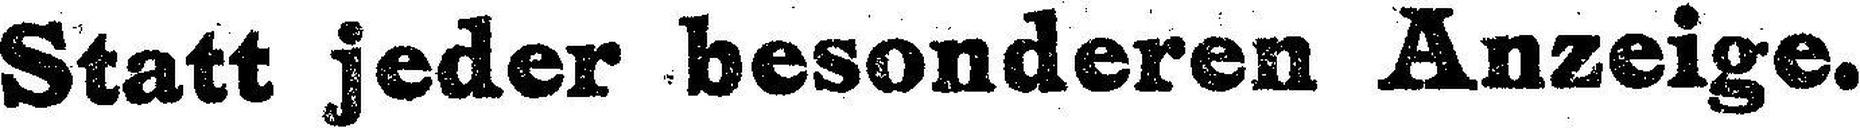
Statt jeder besonderen Anzeige.